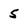
Character: 5